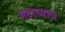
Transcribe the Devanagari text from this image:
मठाच्याच